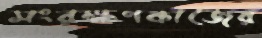
সংরক্ষণকাজের